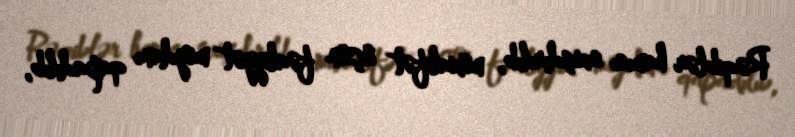
Rəqiblər hamısı sıxışdırılıb, müxalifət üçün fəaliyyət meydanı qapadılıb,